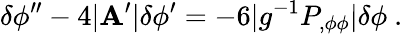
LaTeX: \delta\phi^{\prime\prime}-4|\mathbf{A}^{\prime}|\delta\phi^{\prime}=-6|g^{-1}P_{,\phi\phi}|\delta\phi\ .